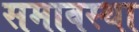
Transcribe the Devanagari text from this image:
समावस्था